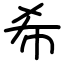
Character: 希